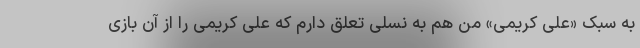
به سبک «علی کریمی» من هم به نسلی تعلق دارم که علی کریمی را از آن بازی